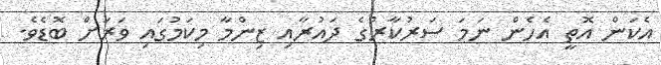
އެކަން އޮތީ އެހެން ނަމަ ސަރުކާރުގެ ދައުރާއި ޒިންމާ މިކަމުގައި ވަރަށް ބޮޑެވެ.